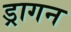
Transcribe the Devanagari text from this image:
ड्रागन